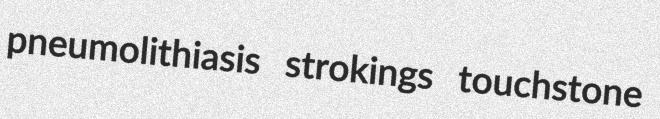
pneumolithiasis strokings touchstone